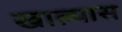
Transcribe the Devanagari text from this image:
खाल्यास